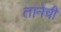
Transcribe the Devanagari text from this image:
तानेची